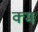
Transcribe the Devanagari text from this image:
क्म